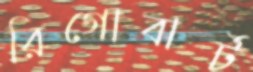
রিগোবার্ট